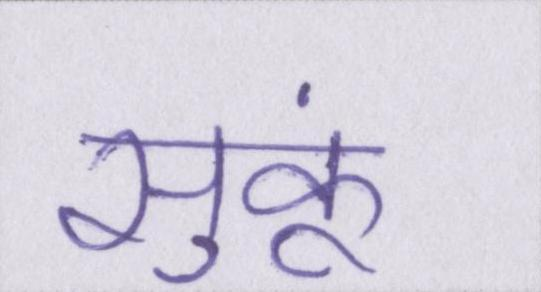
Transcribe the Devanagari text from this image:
सुकूं